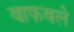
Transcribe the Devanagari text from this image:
वाफवले